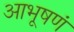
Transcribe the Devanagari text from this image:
आभूषणं